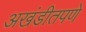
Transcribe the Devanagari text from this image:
अखंडीतपणे